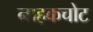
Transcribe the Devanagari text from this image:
नाहकचोट